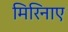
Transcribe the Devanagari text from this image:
मिरिनाए